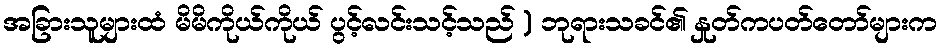
အခြားသူများထံ မိမိကိုယ်ကိုယ် ပွင့်လင်းသင့်သည် ) ဘုရားသခင်၏ နှုတ်ကပတ်တော်များက